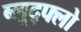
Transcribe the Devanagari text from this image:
ब्लूद्फ्लो